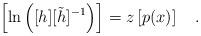
LaTeX: \begin{align*}\left[ \ln \left( [h][\tilde{h}]^{-1} \right) \right] =z\left[ p(x) \right] ~~~.\end{align*}